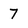
Character: 7